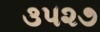
૩૫૨૭